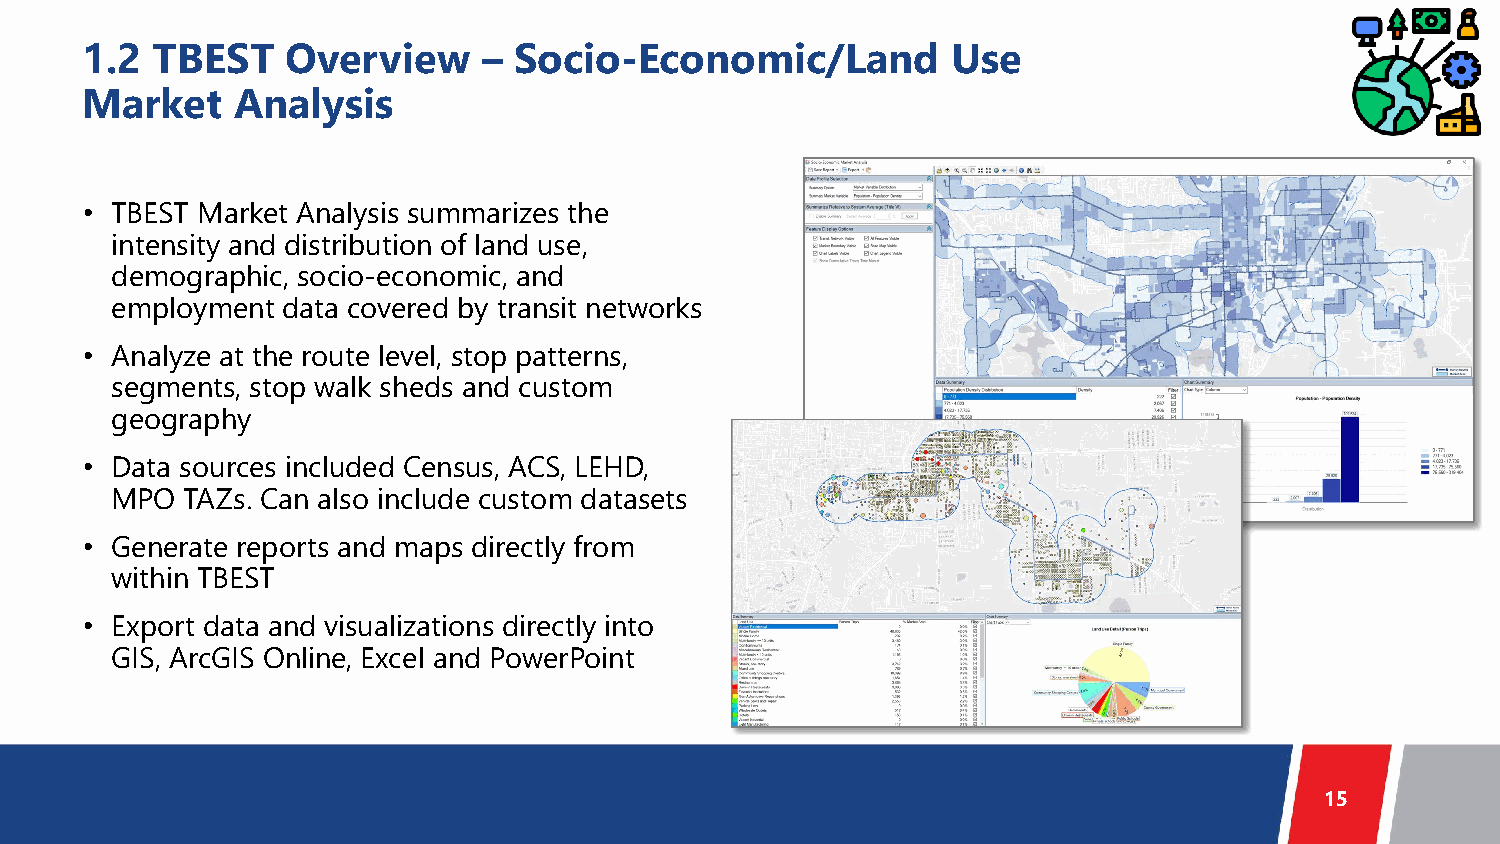
1.2  TBEST    Overview     – Socio-Economic/Land          Use
 Market    Analysis
 • TBEST Market Analysis summarizes the
 intensity and distribution of land use,
 demographic, socio-economic, and
 employment  data covered by transit networks
 • Analyze at the route level, stop patterns,
 segments, stop walk sheds and custom
 geography
 • Data sources included Census, ACS, LEHD,
 MPO  TAZs. Can also include custom datasets
 • Generate reports and maps directly from
 within TBEST
 • Export data and visualizations directly into
 GIS, ArcGIS Online, Excel and PowerPoint
 15